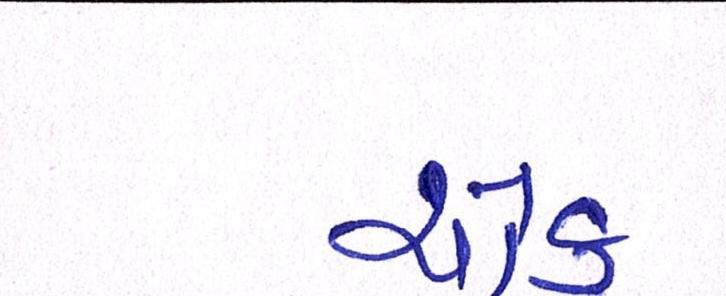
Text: ચોક